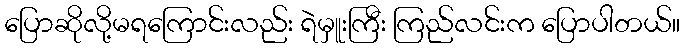
ပြောဆိုလို့မရကြောင်းလည်း ရဲမှူးကြီး ကြည်လင်းက ပြောပါတယ်။